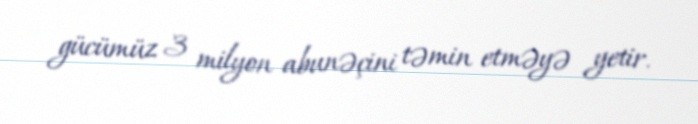
gücümüz 3 milyon abunəçini təmin etməyə yetir.